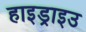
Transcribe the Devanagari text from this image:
हाइड्राइउ